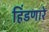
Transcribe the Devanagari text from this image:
हिंडणारे